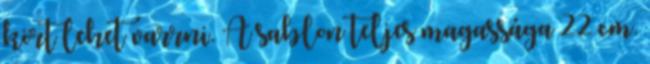
kört lehet varrni. A sablon teljes magassága 22 cm.